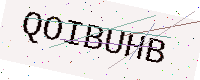
Text: QOIBUHB